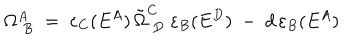
\Omega _ { \; B } ^ { A } \; = \; \varepsilon _ { C } ( E ^ { A } ) \, \tilde { \Omega } _ { \; D } ^ { C } \; \varepsilon _ { B } ( E ^ { D } ) \; - \; d \, \varepsilon _ { B } ( E ^ { A } )